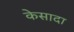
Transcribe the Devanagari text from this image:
केसादा